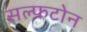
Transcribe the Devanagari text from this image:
सल्फ्रटोन